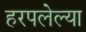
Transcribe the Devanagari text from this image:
हरपलेल्या